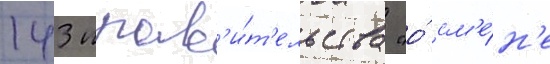
143 прав'и́т'ельства "о́ см'е́н'е